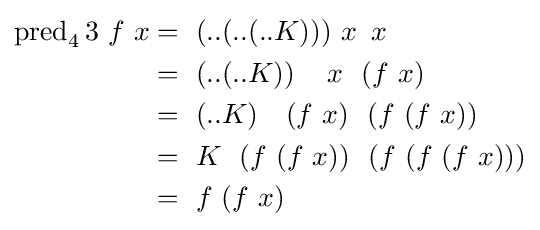
{\begin{aligned}\operatorname {pred} _{4}3\ f\ x&=\ (..(..(..K)))\ x\ \,x\\&=\ (..(..K))\,\,\,\,\,\,\,x\ \,\,(f\ x)\\&=\ (..K)\,\,\,\,\,\,(f\ x)\ \,\,(f\ (f\ x))\\&=\ K\,\,\,\,(f\ (f\ x))\ \,\,(f\ (f\ (f\ x)))\\&=\ f\ (f\ x)\\\end{aligned}}